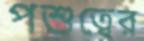
পশুত্বের